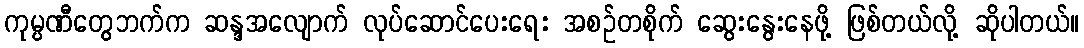
ကုမ္ပဏီတွေဘက်က ဆန္ဒအလျောက် လုပ်ဆောင်ပေးရေး အစဉ်တစိုက် ဆွေးနွေးနေဖို့ ဖြစ်တယ်လို့ ဆိုပါတယ်။